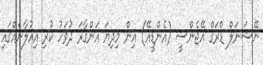
ނޭޝަނަލް ޑްރަގް އޭޖެންސީ (އެންޑީއޭ) އިން މިދިޔަ އަންގާރަ ދުވަހު ކުރި އިއުލާނެއްގައި